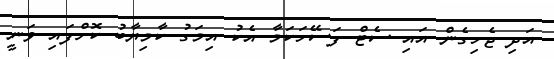
އަދި ޖެހިގެން އައި ސެޓް ފަސޭހަކަމާ އެކު އިމަގު ކާމިޔާބު ކޮށްފައި ވަނީ